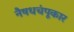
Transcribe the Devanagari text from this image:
नैषधचंपूकार